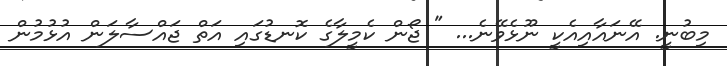
މިބުނީ. އޭނައާއިއެކީ ނޫޅެވޭނެ... " ޖޯން ކެމީލާގެ ކޮނޑުގައި އަތް ޖައްސާލަން އުޅުމުން